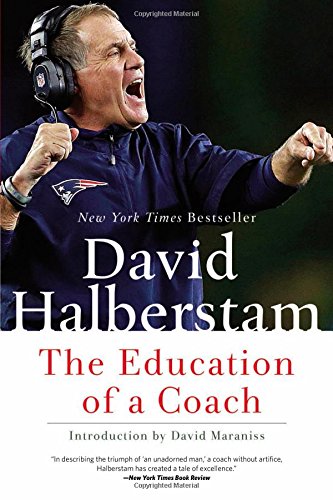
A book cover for The Education of a Coach; David Halberstam; Biographies & Memoirs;